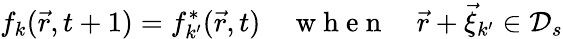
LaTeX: f_{k}(\vec{r},t+1)=f_{k^{\prime}}^{*}(\vec{r},t)\quad\mathrm{~w~h~e~n~}\quad\vec{r}+\vec{\xi}_{k^{\prime}}\in\mathcal{D}_{s}